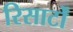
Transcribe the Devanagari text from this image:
रिसार्टों